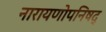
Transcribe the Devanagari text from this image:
नारायणोपनिषद्